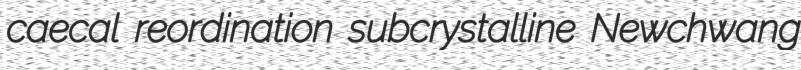
caecal reordination subcrystalline Newchwang